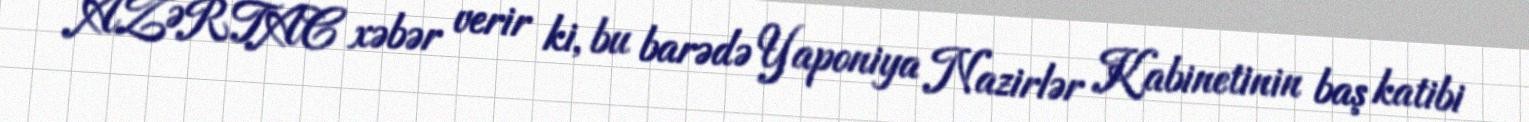
AZƏRTAC xəbər verir ki, bu barədə Yaponiya Nazirlər Kabinetinin baş katibi